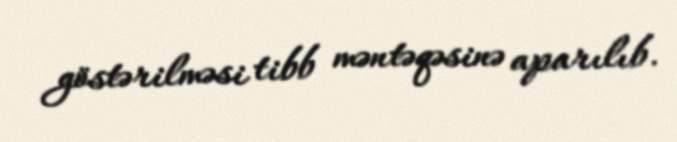
göstərilməsi tibb məntəqəsinə aparılıb.